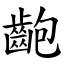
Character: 齙